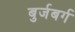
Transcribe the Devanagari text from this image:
बुर्जबर्ग